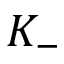
K _ { - }